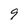
Character: 9